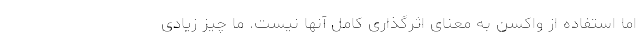
اما استفاده از واکسن به معنای اثرگذاری کامل آنها نیست. ما چیز زیادی